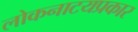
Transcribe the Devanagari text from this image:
लोकनाटयप्रकार